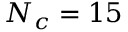
N _ { c } = 1 5